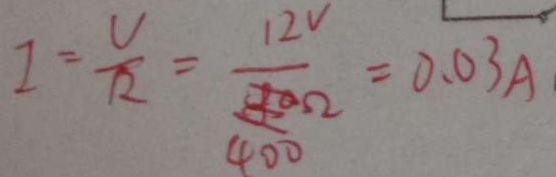
1 = \frac { v } { 1 2 } = \frac { 1 2 v } { 4 0 0 \Omega } = 0 . 0 3 A